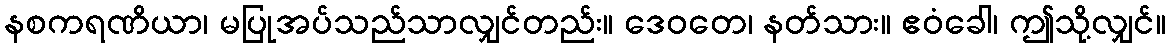
နစကရဏိယာ၊ မပြုအပ်သည်သာလျှင်တည်း။ ဒေဝတေ၊ နတ်သား။ ဧဝံခေါ၊ ဤသို့လျှင်။